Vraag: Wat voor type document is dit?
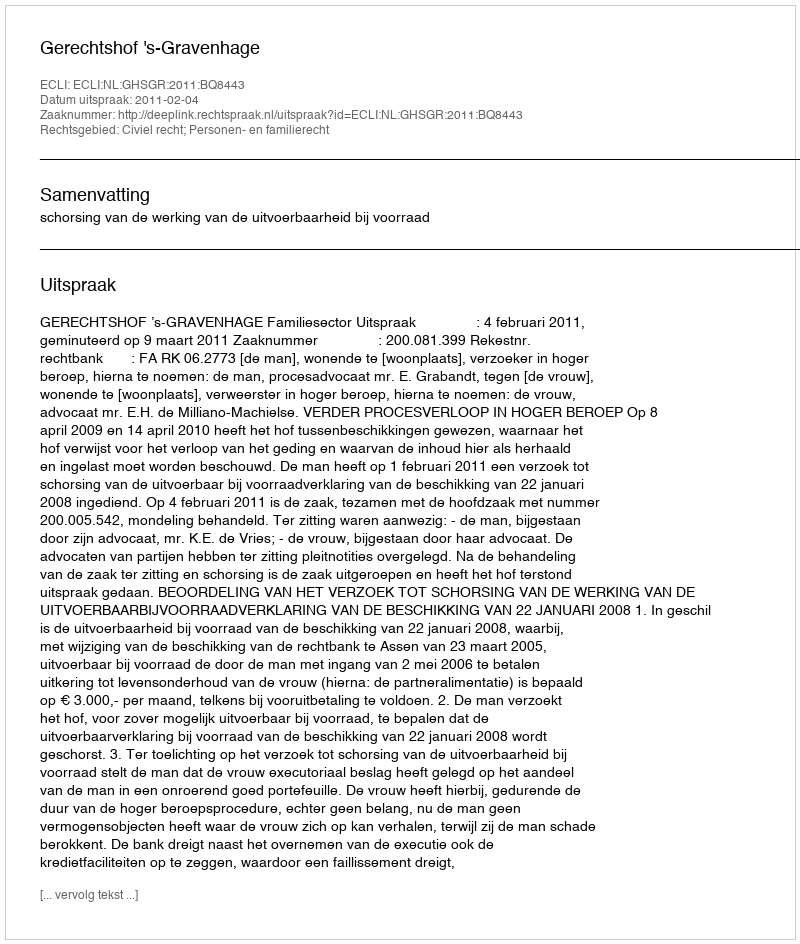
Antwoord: Uitspraak